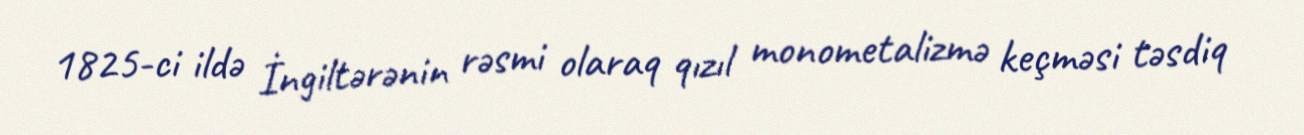
1825-ci ildə İngiltərənin rəsmi olaraq qızıl monometalizmə keçməsi təsdiq